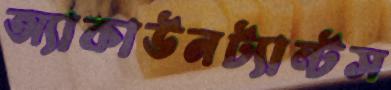
অ্যাকাউনট্যান্টস